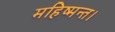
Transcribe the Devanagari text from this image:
महिष्मन्त।